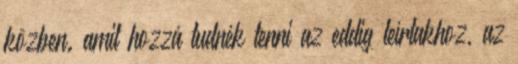
közben. amit hozzá tudnék tenni az eddig leírtakhoz, az